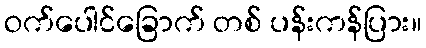
ဝက်ပေါင်ခြောက် တစ် ပန်းကန်ပြား။